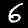
Digit: 6